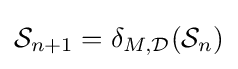
{\mathcal {S}}_{n+1}=\delta _{M,{\mathcal {D}}}({\mathcal {S}}_{n})